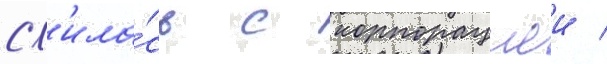
сл'ила́сь с корпорациеи /